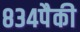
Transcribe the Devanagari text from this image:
८३४पैकी